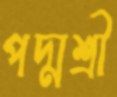
পদ্মশ্রী